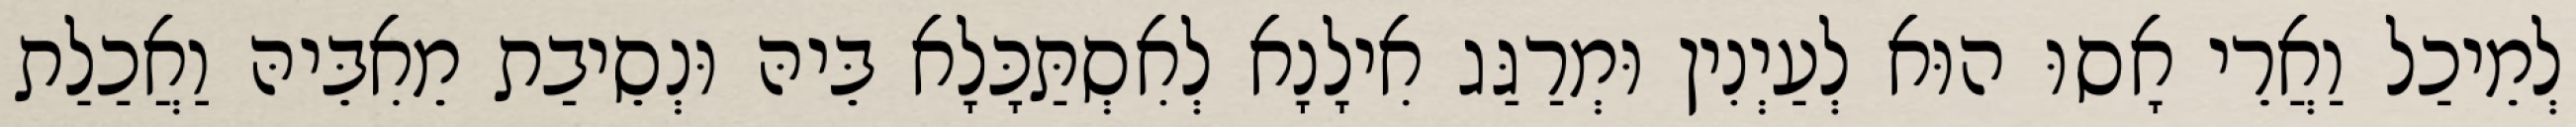
לְמֵיכַל וַאֲרֵי אָסוּ הוּא לְעַיְנִין וּמְרַגַּג אִילָנָא לְאִסְתַּכָּלָא בֵּיהּ וּנְסֵיבַת מֵאִבֵּיהּ וַאֲכַלַת